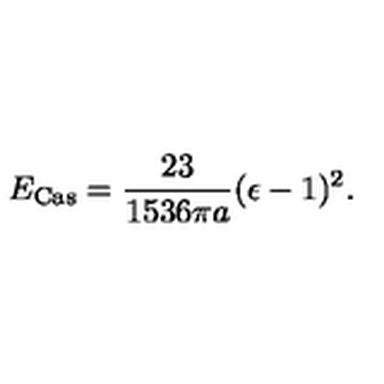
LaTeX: E _ { \mathrm { C a s } } = { \frac { 2 3 } { 1 5 3 6 \pi a } } ( \epsilon - 1 ) ^ { 2 } .